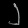
Digit: ၂